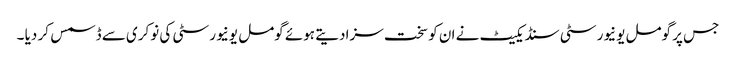
جس پر گومل یونیورسٹی سنڈیکیٹ نے ان کو سخت سزا دیتے ہوئے گومل یونیورسٹی کی نوکری سے ڈسمس کر دیا ۔